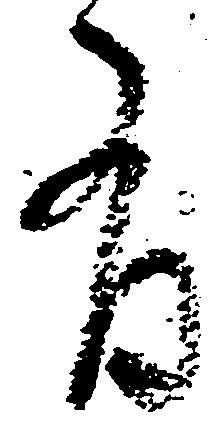
有